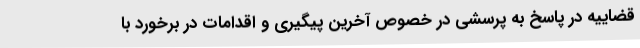
قضاییه در پاسخ به پرسشی در خصوص آخرین پیگیری و اقدامات در برخورد با